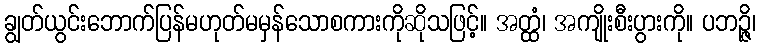
ချွတ်ယွင်းဘောက်ပြန်မဟုတ်မမှန်သောစကားကိုဆိုသဖြင့်။ အတ္ထံ၊ အကျိုးစီးပွားကို။ ပဘဉ္ဇိ၊